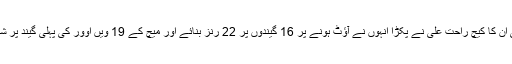
کراچی کی چوتھی وکٹ بریتھویٹ نے حاصل کی ان کا کیچ راحت علی نے پکڑا انہوں نے آؤٹ ہونے پر 16 گیندوں پر 22 رنز بنائے اور میچ کے 19 ویں اوور کی پہلی گیند پر شاندار چوکا لگا کر 152 رنز کا ہدف مکمل کرلیا۔